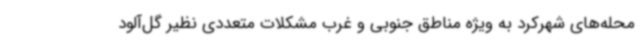
محله‌های شهرکرد به ویژه مناطق جنوبی و غرب مشکلات متعددی نظیر گل‌آلود